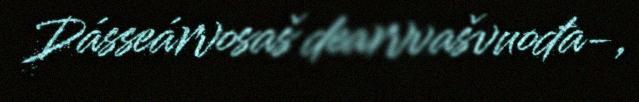
Dásseárvosaš dearvvašvuođa-,